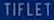
TIFLET